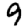
Digit: 9